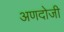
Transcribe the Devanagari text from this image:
अणदोजी